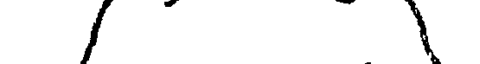
/